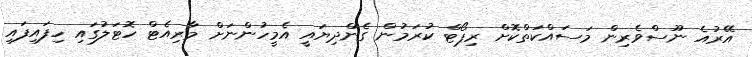
އޭރުއެ ނޫސްވެރިން މަސައްކަތްކޮށް ރިޕޯޓް ކުރަމުން ގެންދިޔައީ އެމީހުންނަށް މާރިއެޓް ހޮޓަލުގައި ހިފައިފައި